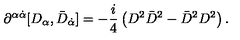
\partial ^ { \alpha \dot { \alpha } } [ D _ { \alpha } , \bar { D } _ { \dot { \alpha } } ] = - \frac { i } { 4 } \left( D ^ { 2 } \bar { D } ^ { 2 } - \bar { D } ^ { 2 } D ^ { 2 } \right) .